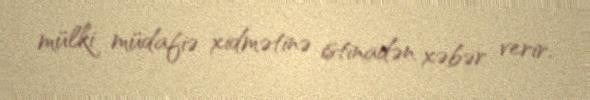
mülki müdafiə xidmətinə istinadən xəbər verir.